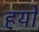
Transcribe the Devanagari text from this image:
हयो